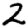
Digit: 2